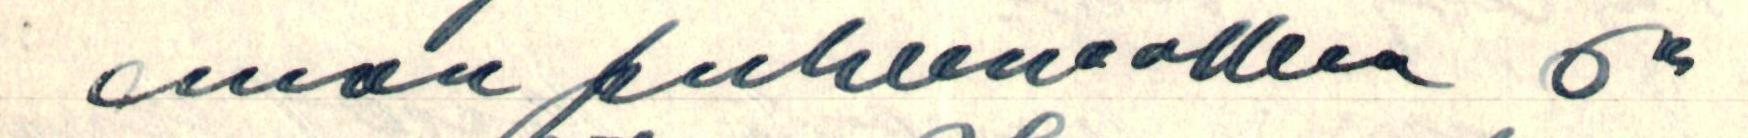
oman puheenaolleen ok-